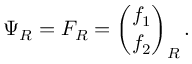
\Psi _ { R } = F _ { R } = { \binom { f _ { 1 } } { f _ { 2 } } } _ { R } \, .